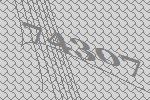
74307